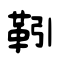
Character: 靷